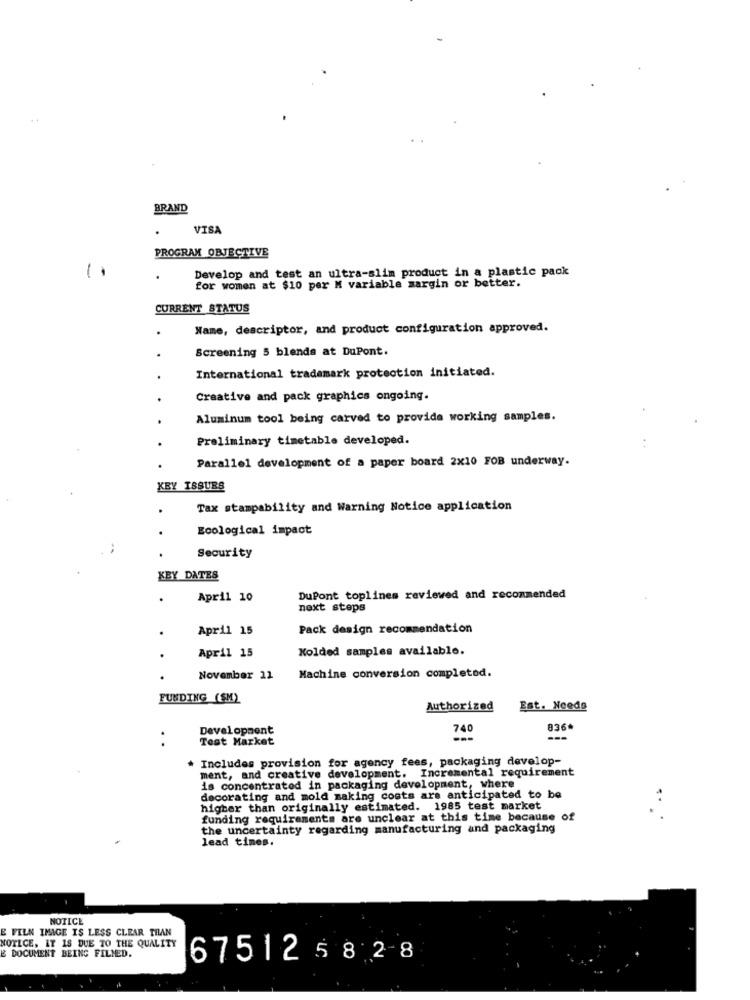
..
BRAND
VISA
PROGRAM OBJECTIVE
Develop and test an ultra-slim product in a plastic pack
for women at $10 per M variable margin or better.
CURRENT STATUS
Name, descriptor, and product configuration approved.
Screening 5 blends at DuPont.
International trademark protection initiated.
Creative and pack graphics ongoing.
Aluminum tool being carved to provide working samples.
Preliminary timetable developed.
Parallel development of a paper board 2x10 FOB underway.
KEY ISSUES
Tax stampability and Warning Notice application
Ecological impact
Security
KEY DATES
April 10
DuPont toplines reviewed and recommended
next steps
April 15
Pack design recommendation
April 15
Kolded samples available.
November 11
Machine conversion completed.
FUNDING (SM)
Authorized
Est. Neede
Development
740
836ª
..
Test Market
---
. Includes provision for agency fees, packaging develop-
ment, and creative development. Incremental requirement
is concentrated in packaging development, where
decorating and mold making costs are anticipated to be
higher than originally estimated. 1985 test market
funding requirements are unclear at this time because of
the uncertainty regarding manufacturing and packaging
lead times.
NOTICE
E FILN IMAGE IS LESS CLEAR THAN
NOTICE, IT IS DUE TO THE QUALITY
DOCUMENT BEING FILMED.
675125828